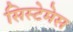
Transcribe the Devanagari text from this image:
सिस्टेमेस